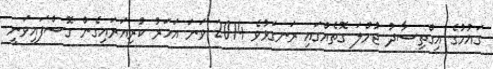
ގައުމުގެ އިގްތިސާދު ޖުމްލަ ގޮތެއްގައި ރަނގަޅުވެ 2014 ވަނަ އަހަރު ކުރިއަރައިގެން ގޮސްފައިވަނީ